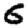
Digit: 6